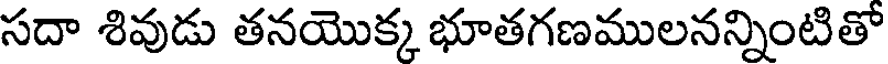
సదా శివుడు తనయొక్క భూతగణములనన్నింటితో